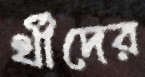
র্থীদের